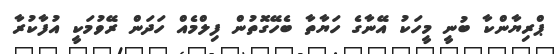
ޕްރިޔާންކާ ބުނީ މީހަކު އޭނާގެ ހަޔާތާ ބެހޭގޮތުން ފިލްމެއް ހަދަން ރޭވުމަކީ އުފާކުރާ